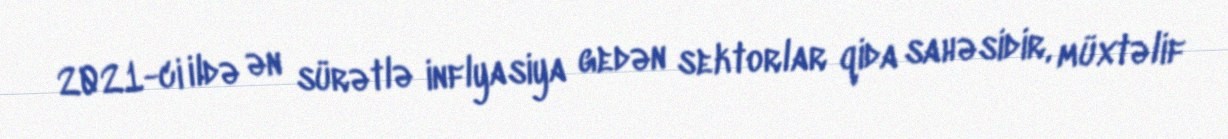
2021-ci ildə ən sürətlə inflyasiya gedən sektorlar qida sahəsidir, müxtəlif